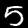
Digit: 5